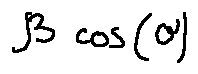
\beta \cos ( \theta )